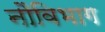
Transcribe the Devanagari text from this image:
नौविभाग